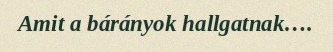
Amit a bárányok hallgatnak….